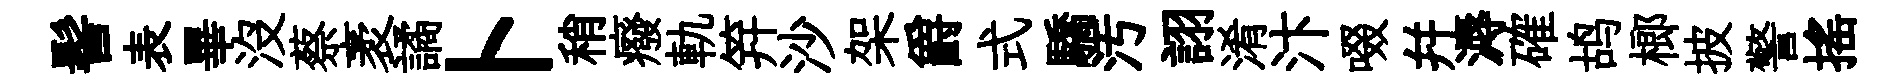
髻表畢沒蔡袤譎卜稍癈軌笄沙架爵式驕汚詡淆汴啜幷溽確鸪榔披警揺